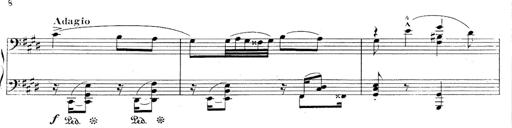
Title: Le rossignol
Composer: Franz Liszt